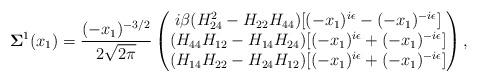
LaTeX: \begin{align*}\mathbf{\Sigma}^1(x_1)=\frac{(-x_1)^{-3/2}}{2\sqrt{2\pi}}\begin{pmatrix}i\beta(H_{24}^2-H_{22}H_{44})[(-x_1)^{i\epsilon} - (-x_1)^{-i\epsilon}]\\(H_{44}H_{12}-H_{14}H_{24})[(-x_1)^{i\epsilon} + (-x_1)^{-i\epsilon}]\\(H_{14}H_{22}-H_{24}H_{12})[(-x_1)^{i\epsilon} + (-x_1)^{-i\epsilon}]\end{pmatrix},\end{align*}